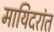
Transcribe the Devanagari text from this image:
मायिदरांत